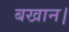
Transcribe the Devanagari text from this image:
बखान।